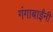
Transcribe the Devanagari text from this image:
गंगाबाईंनी